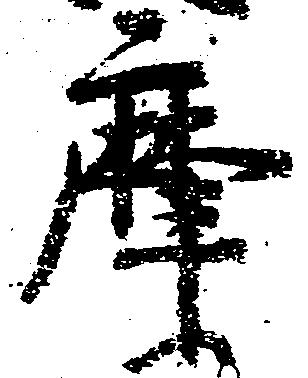
摩